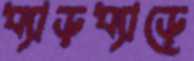
ধ্যাড়ধ্যাড়ে